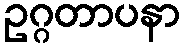
ဥဂ္ဂတာပနာ